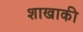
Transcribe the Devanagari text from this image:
शाखाकी